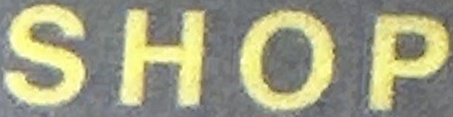
SHOP